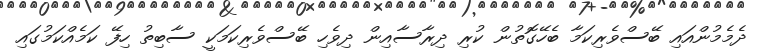
ދެމެމުންއައި ބޭސްވެރިކަމާ ބެހޭގޮތުން ކުރި ދިރާސާއިން ދިވެހި ބޭސްވެރިކަމަކީ ސާބިތު ހިފޭ ކަމެއްކަމުގައި